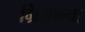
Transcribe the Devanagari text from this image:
ग्रिजाल्वा